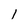
Character: l